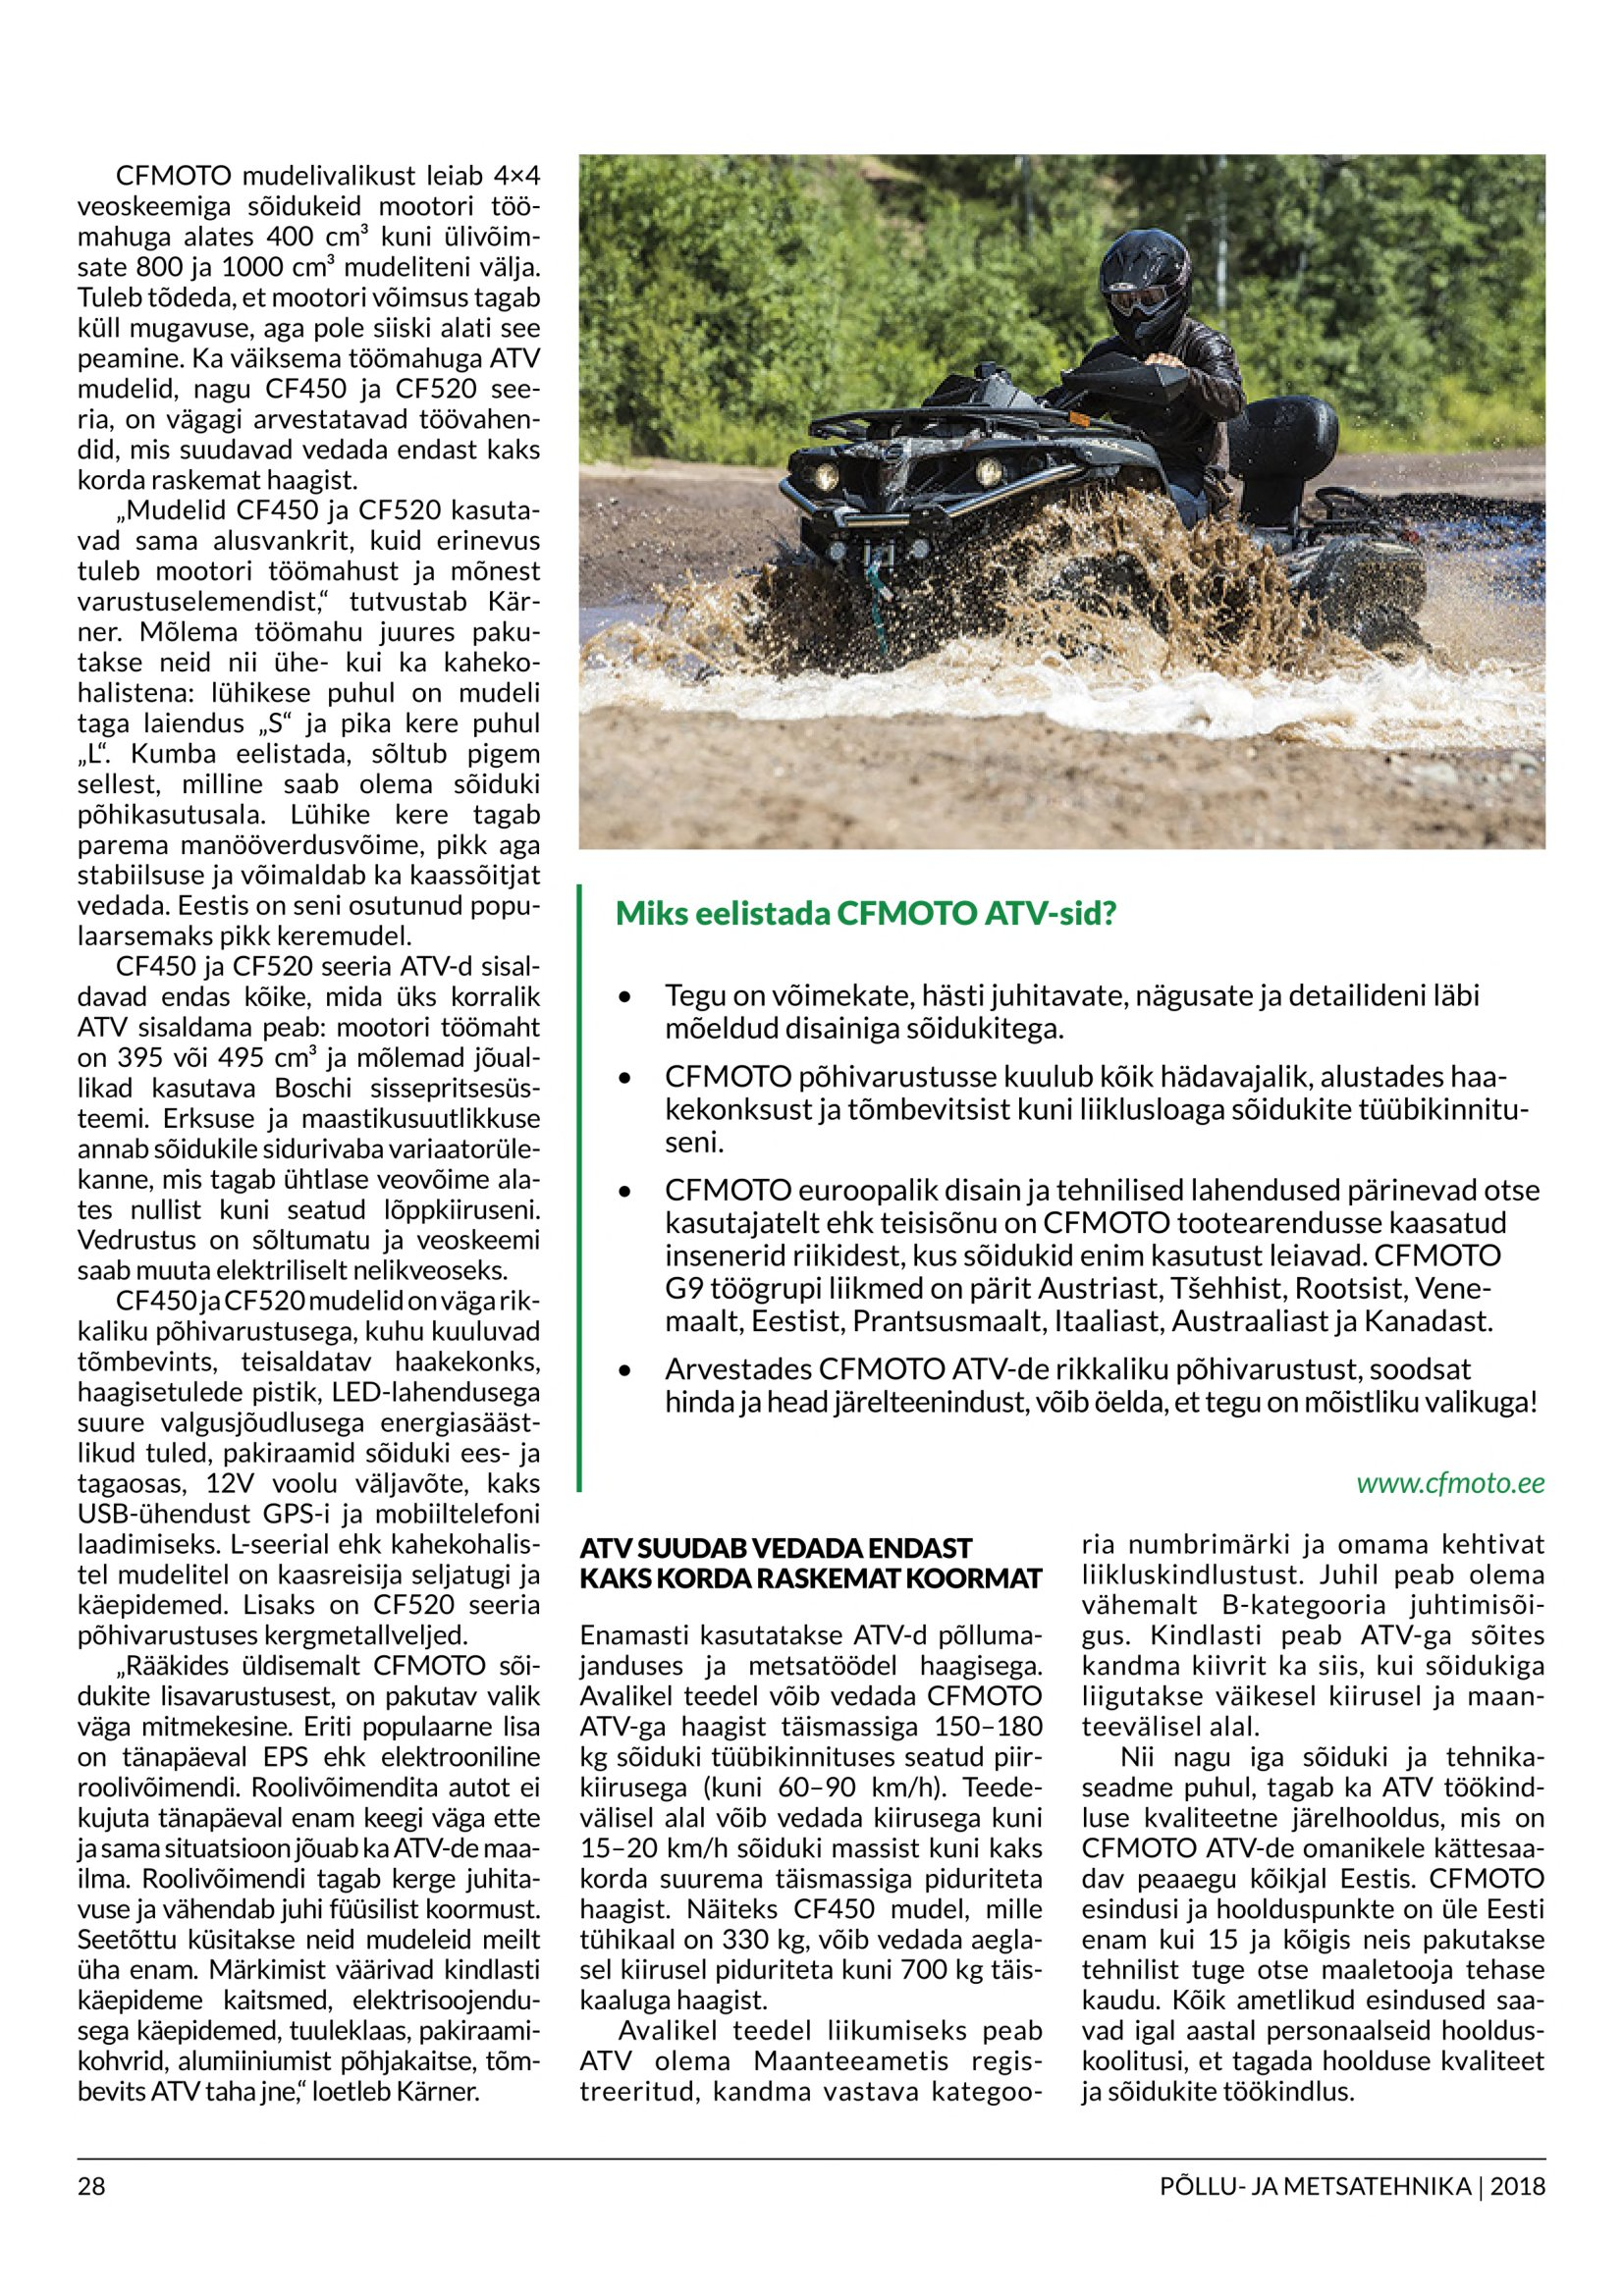
Language: et